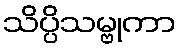
သိပ္ပိသမ္ဗုကာ